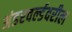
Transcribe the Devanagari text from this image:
अंडरवर्ल्डवरील